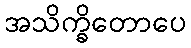
အသိက္ခိတောပေ